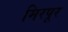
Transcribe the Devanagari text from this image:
मिरपूर